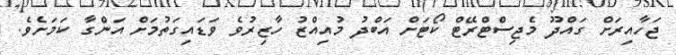
ޖަހާއިރަށް ގައްދޫ މެޖިސްޓްރޭޓް ކޯޓަށް އަބްދު މުއިއްޒު ހާޒިރުވެ ވަޑައިގަތުމަށް އަންގާ ކަމަށެވެ.